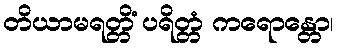
တိယာမရတ္တိံ ပရိတ္တံ ကရောန္တော၊